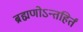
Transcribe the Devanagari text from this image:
ब्रह्मणोऽन्तहिर्तं